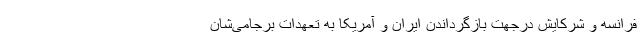
فرانسه و شرکایش درجهت بازگرداندن ایران و آمریکا به تعهدات برجامی‌شان